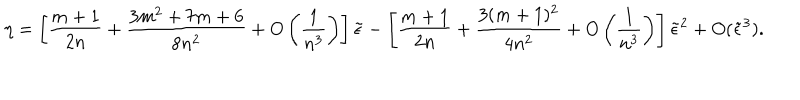
\eta = \left[ { \frac { m + 1 } { 2 n } } + { \frac { 3 m ^ { 2 } + 7 m + 6 } { 8 n ^ { 2 } } } + O \left( { \frac { 1 } { n ^ { 3 } } } \right) \right] \tilde { \epsilon } - \left[ { \frac { m + 1 } { 2 n } } + { \frac { 3 ( m + 1 ) ^ { 2 } } { 4 n ^ { 2 } } } + O \left( { \frac { 1 } { n ^ { 3 } } } \right) \right] \tilde { \epsilon } ^ { 2 } + O ( \tilde { \epsilon } ^ { 3 } ) .